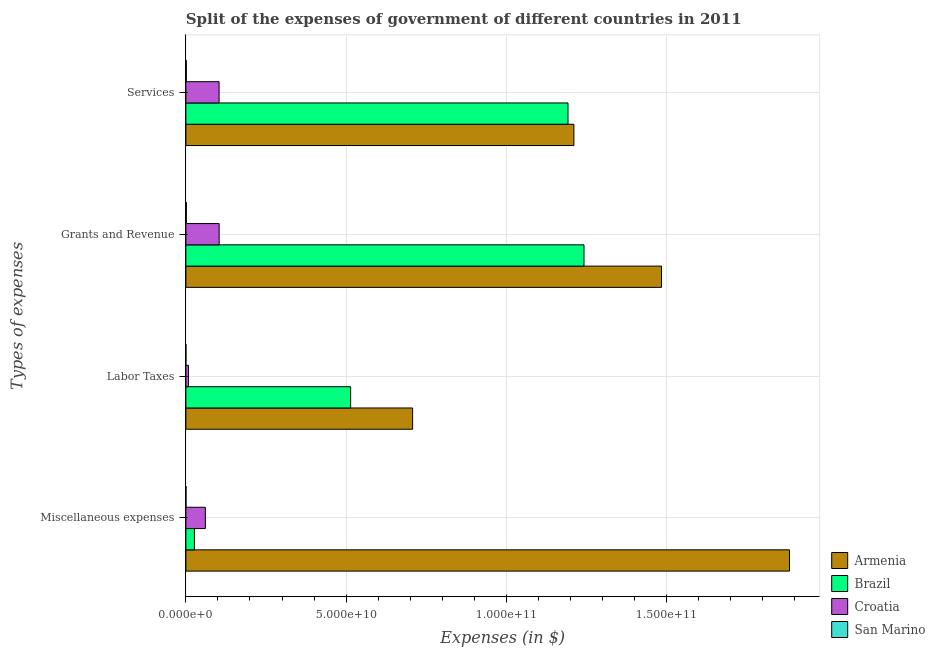
| Types of expenses | Armenia | Brazil | Croatia | San Marino |
 | --- | --- | --- | --- | --- |
 | Miscellaneous expenses | 1.88e+11 | 2.67e+09 | 6.08e+09 | 3.76e+07 |
 | Labor Taxes | 7.07e+10 | 5.14e+10 | 8.16e+08 | 1.45e+07 |
 | Grants and Revenue | 1.48e+11 | 1.24e+11 | 1.04e+10 | 1.51e+08 |
 | Services | 1.21e+11 | 1.19e+11 | 1.04e+10 | 1.39e+08 |